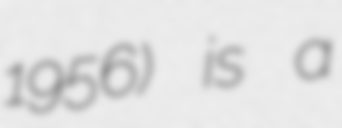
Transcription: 1956) is a